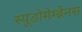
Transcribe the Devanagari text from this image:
स्यूडोमेम्ब्रेनस